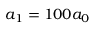
a _ { 1 } = 1 0 0 a _ { 0 }